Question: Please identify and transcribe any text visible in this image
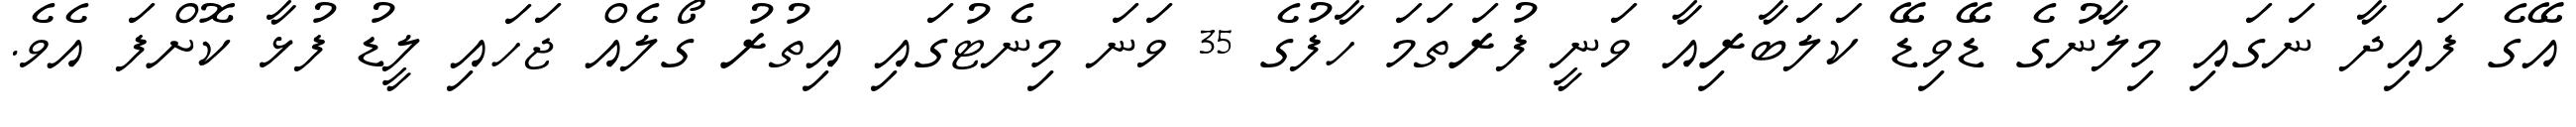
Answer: އޭގެ ފައިދާ ނަގައި މިލާނުގެ ޑޭވިޑޭ ކަލަބާރިއާ ވަނީ ފުރަތަމަ ހާފުގެ 35 ވަނަ މިނެޓުގައި އިތުރު ގޯލެއް ޖަހައި ލީޑު ފުޅާ ކޮށްފަ އެވެ.